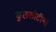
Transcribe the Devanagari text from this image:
कुलकोटीनां